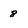
Character: 8